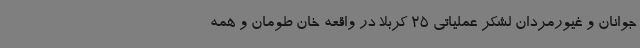
جوانان و غیورمردان لشکر عملیاتی 25 کربلا در واقعه خان طومان و همه